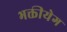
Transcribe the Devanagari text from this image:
भक्तीयेग